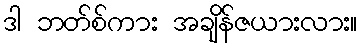
ဒါ ဘတ်စ်ကား အချိန်ဇယားလား။